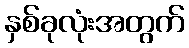
နှစ်ခုလုံးအတွက်